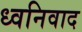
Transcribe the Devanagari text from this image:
ध्वनिवाद